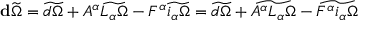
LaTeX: \mathbf { d } \widetilde \Omega = \widetilde { d \Omega } + A ^ { \alpha } \widetilde { L _ { \alpha } \Omega } - F ^ { \alpha } \widetilde { i _ { \alpha } \Omega } = \widetilde { d \Omega } + \widetilde { A ^ { \alpha } L _ { \alpha } \Omega } - \widetilde { F ^ { \alpha } i _ { \alpha } \Omega }